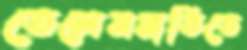
তেলেসমাতিতে